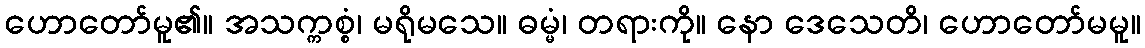
ဟောတော်မူ၏။ အသက္ကစ္စံ၊ မရိုမသေ။ ဓမ္မံ၊ တရားကို။ နော ဒေသေတိ၊ ဟောတော်မမူ။